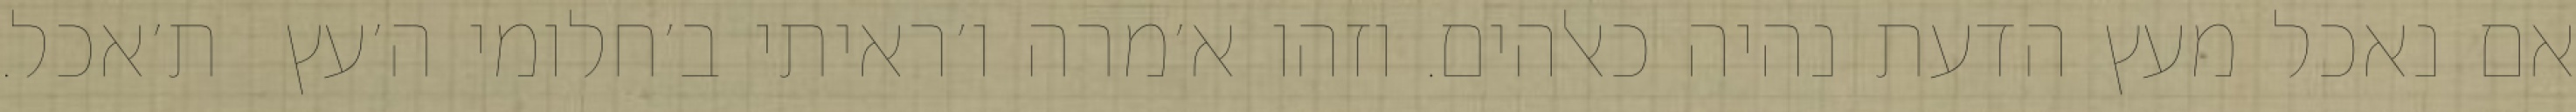
אם נאכל מעץ הדעת נהיה כאלהים. וזהו א׳מרה ו׳ראיתי ב׳חלומי ה׳עץ  ת׳אכל.